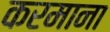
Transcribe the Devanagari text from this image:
करमाना